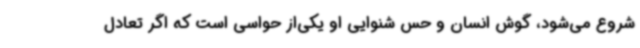
شروع می‌شود، گوش انسان و حس شنوایی او یکی‌از حواسی است که اگر تعادل